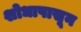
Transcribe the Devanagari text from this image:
शोधापासून